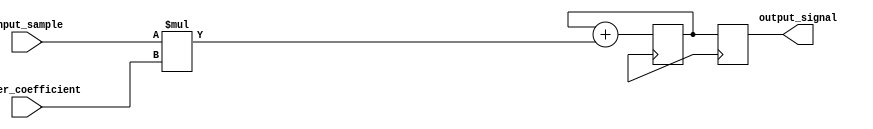
module accumulator (
    input wire [7:0] input_sample,
    input wire [7:0] filter_coefficient,
    output reg [15:0] output_signal
);

reg [15:0] accumulator;

always @ (posedge clk) begin
    accumulator <= accumulator + (input_sample * filter_coefficient);
    output_signal <= accumulator;
end

endmodule